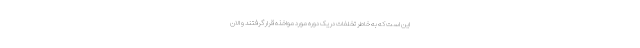
این است که به خاطر تخلفات در یک دوره مورد مواخذه قرار گرفتند و الان